Testamentide_kollektsioon, lk 2
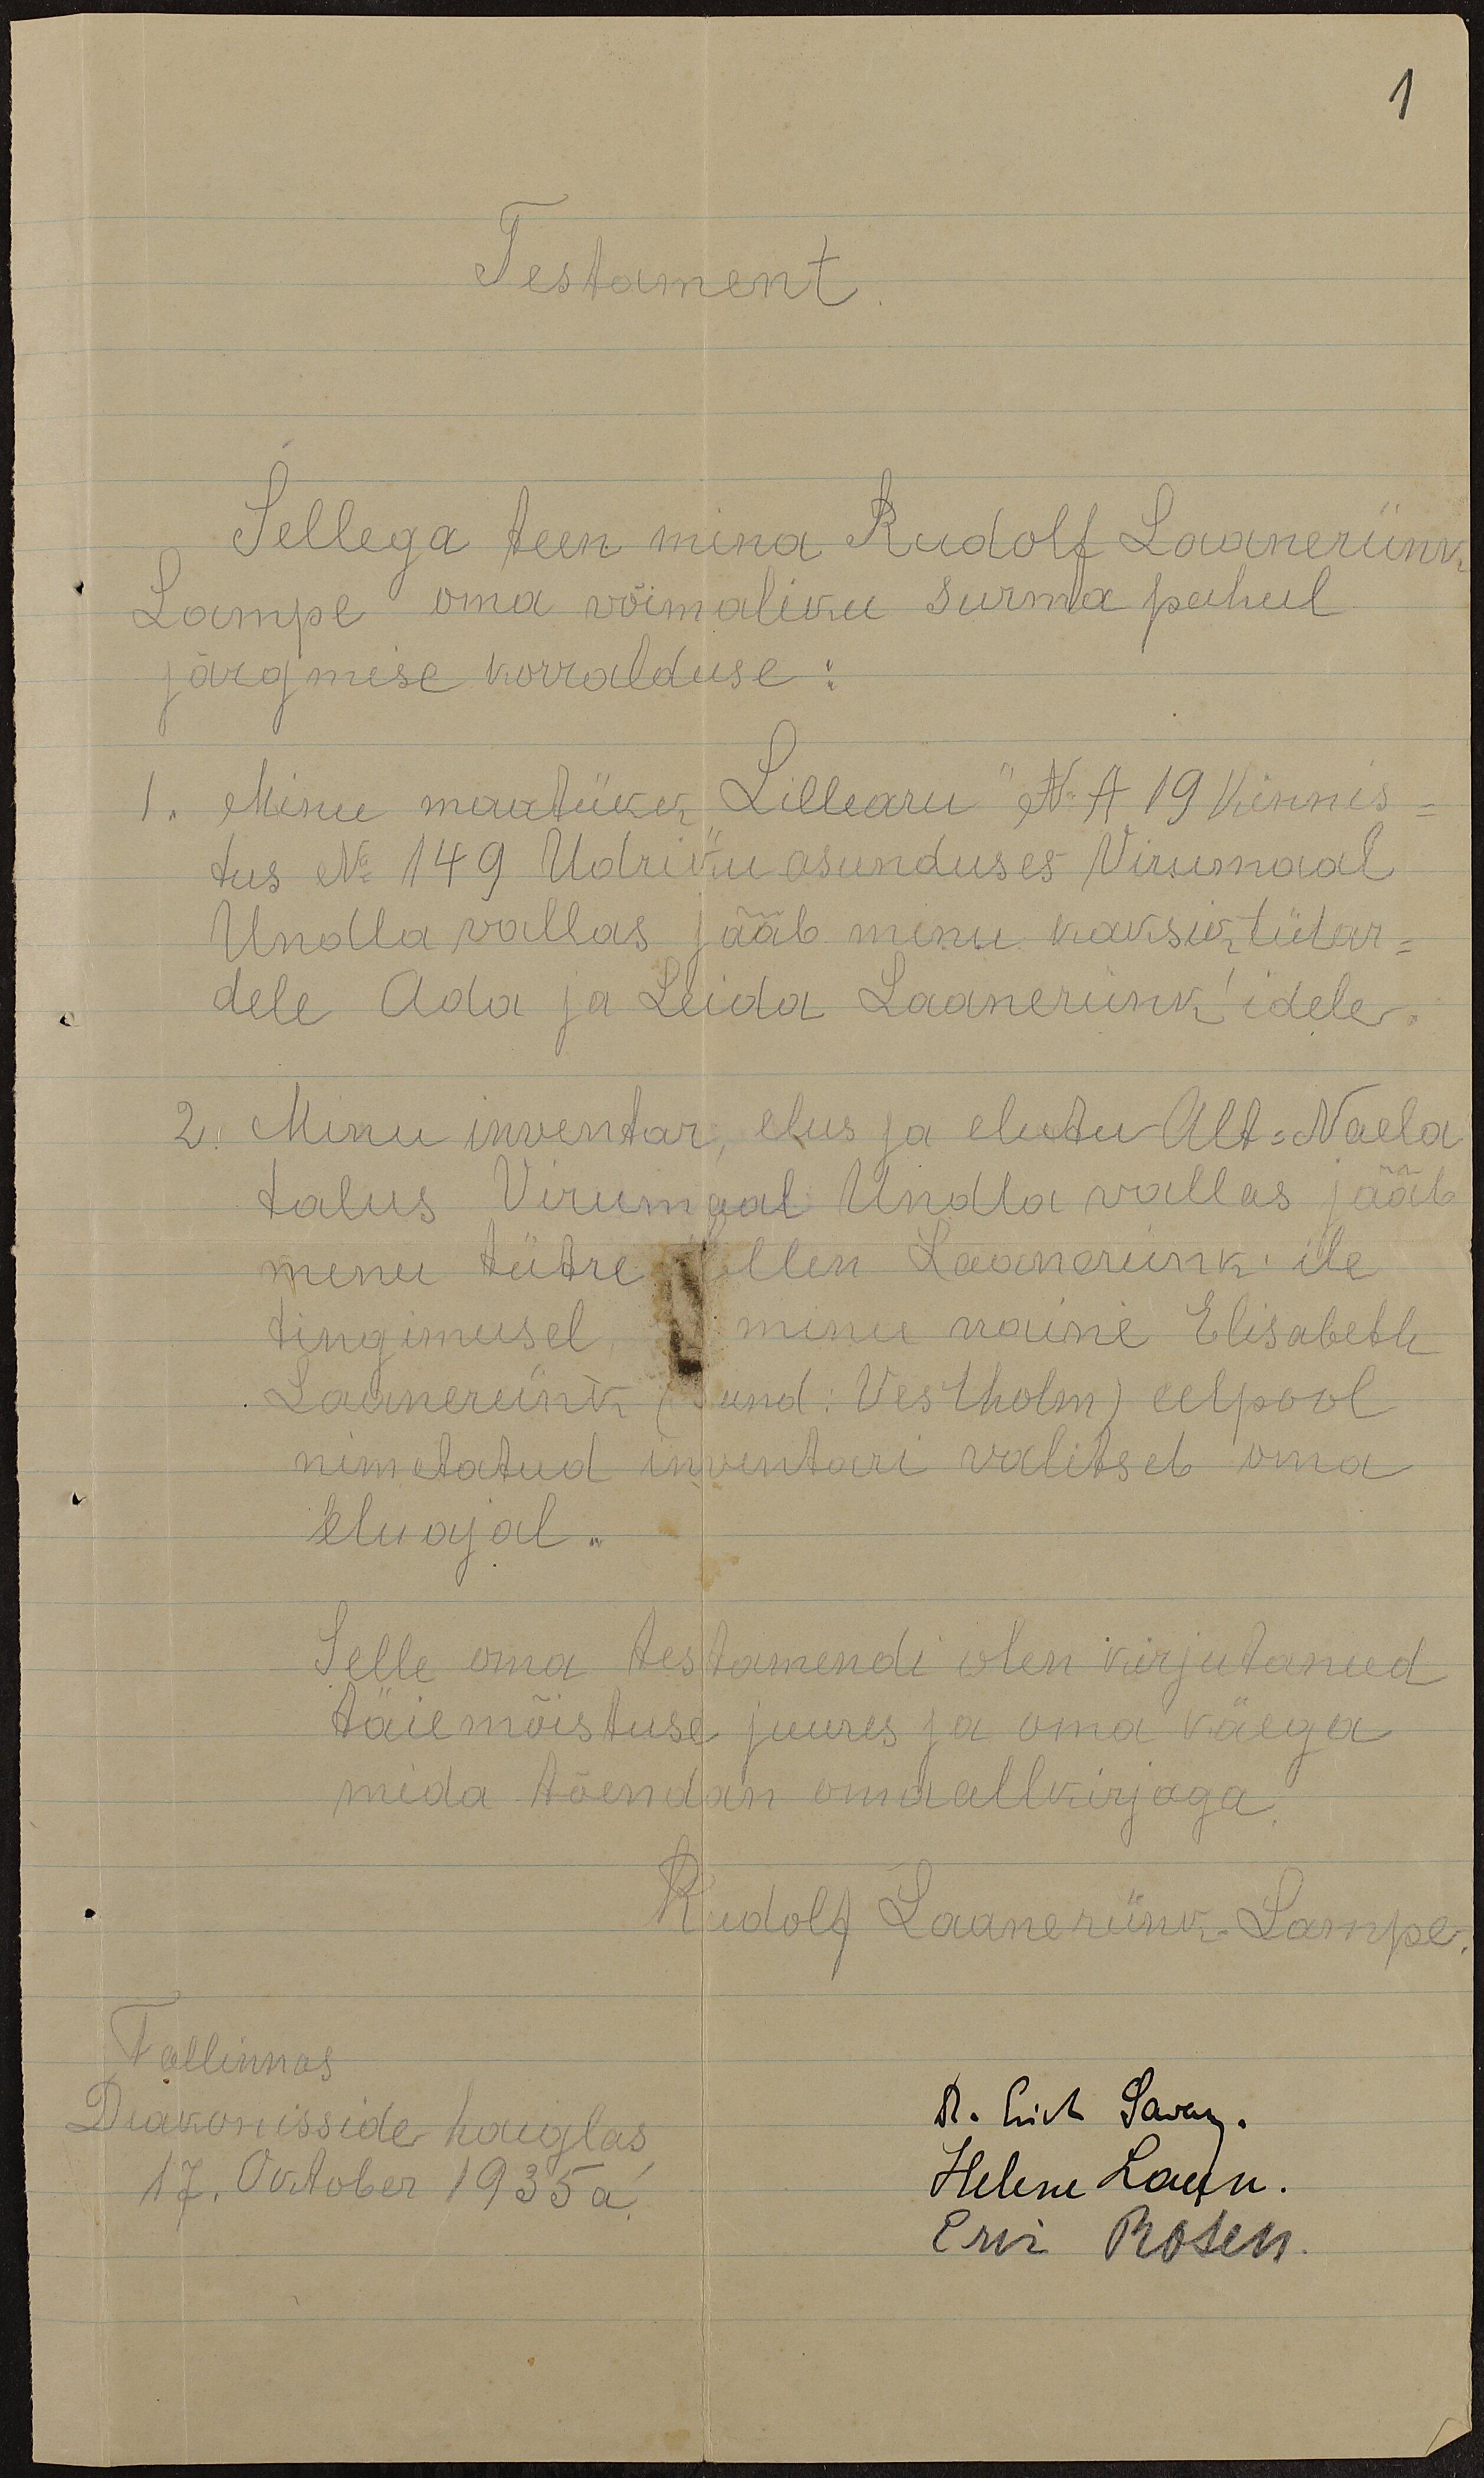
1
Testament
Sellega teen mina Rudolf Laanerünk
Lampe oma võimaliku surma puhul
järgmise korralduse.
1. Minu maatükk "Lillearu" N A19 Kinnis-
tus N 149 Udriku asunduses Virumaal
Undla vallas jääb minu kaksiktütar-
dele Ada ja Leida Laanerünk' idele.
2. Minu inventar, elus ja elutu Alt-Naela
talus Virumaal Undla vallas jääb
minu tütre allen Laanerünk'ile
tingimusel minu naine Elisabeth
Laanerünk (sünd. Vestholm) eelpool
nimetatud inventari valitseb oma
eluajal.
Selle oma testamendi olen kirjutanud
täie mõistuse juures ja oma väega
mida tõendan oma allkirjaga
Rudolf Laanerünk Lampe
Tallinnas
Diakonisside haiglas
R. Lih. Sawan.
17. Oktober 1935 a.
Helene Laulu.
Eri Rosen.